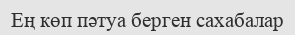
Ең көп пәтуа берген сахабалар